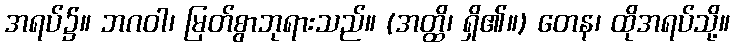
အရပ်၌။ ဘဂဝါ၊ မြတ်စွာဘုရားသည်။ (အတ္ထိ၊ ရှိ၏။) တေန၊ ထိုအရပ်သို့။